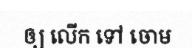
ឲ្យ លើក ទៅ ចោម